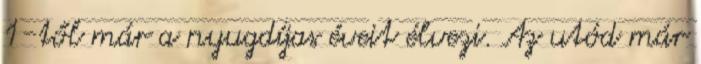
1-től már a nyug­dí­jas éveit él­vezi. Az utód már